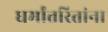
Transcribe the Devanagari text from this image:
धर्मांतरितांना